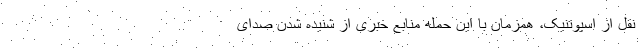
نقل از اسپوتنیک، همزمان با این حمله منابع خبری از شنیده شدن صدای